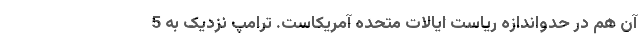
آن هم در حدواندازه ریاست ایالات متحده آمریکاست. ترامپ نزدیک به 5